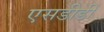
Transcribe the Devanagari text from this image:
एसडीडी